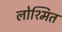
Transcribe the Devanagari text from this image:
लोश्मित